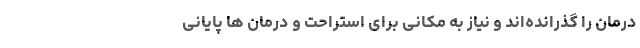
درمان را گذرانده‌اند و نیاز به مکانی برای استراحت و درمان ها پایانی